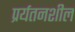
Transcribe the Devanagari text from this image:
प्रर्यतनशील